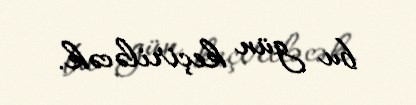
bu gün keçiriləcək.